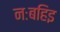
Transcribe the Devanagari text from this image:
नःबहिइ